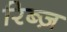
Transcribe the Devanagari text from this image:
रिब्ज़